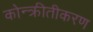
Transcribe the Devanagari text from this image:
कोन्क्रीतीकरण